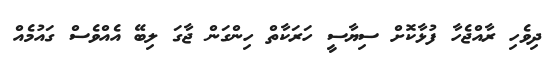
ދިވެހި ރާއްޖެހާ ފުޅާކޮށް ސިޔާސީ ހަރަކާތް ހިންގަން ޖާގަ ލިބޭ އެއްވެސް ގައުމެއް